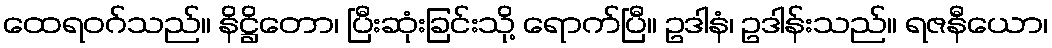
ထေရဝဂ်သည်။ နိဋ္ဌိတော၊ ပြီးဆုံးခြင်းသို့ ရောက်ပြီ။ ဥဒါနံ၊ ဥဒါန်းသည်။ ရဇနီယော၊